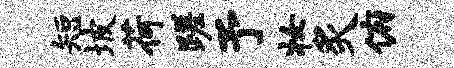
短坡荷蹉予妆炙俯